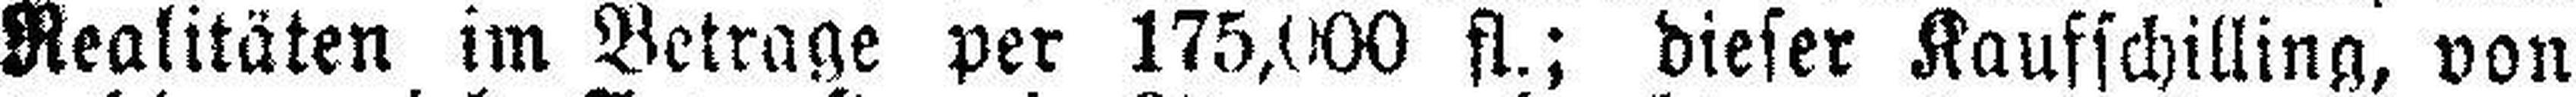
Realitäten im Betrage per 175,000 fl.; dieser Kaufschilling, von